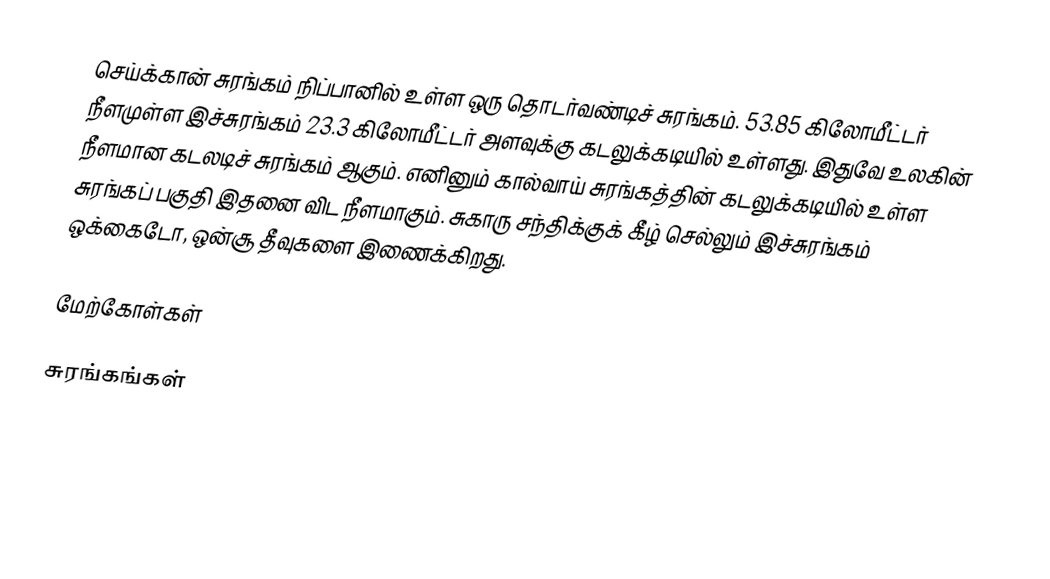
செய்க்கான் சுரங்கம் நிப்பானில் உள்ள ஒரு தொடர்வண்டிச் சுரங்கம். 53.85 கிலோமீட்டர் நீளமுள்ள இச்சுரங்கம் 23.3 கிலோமீட்டர் அளவுக்கு கடலுக்கடியில் உள்ளது. இதுவே உலகின் நீளமான கடலடிச் சுரங்கம் ஆகும். எனினும் கால்வாய் சுரங்கத்தின் கடலுக்கடியில் உள்ள சுரங்கப் பகுதி இதனை விட நீளமாகும். சுகாரு சந்திக்குக் கீழ் செல்லும் இச்சுரங்கம் ஒக்கைடோ, ஒன்சூ தீவுகளை இணைக்கிறது.

மேற்கோள்கள்

சுரங்கங்கள்